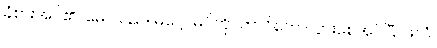
ခံစားအပ်၏။ မေ၊ သည်။ မဂ္ဂေါ၊ မဂ်ကို။ ဘာဝိတော၊ ပွားစေအပ်ပြီ။ ဖလံ၊